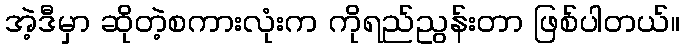
အဲ့ဒီမှာ ဆိုတဲ့စကားလုံးက ကိုရည်ညွန်းတာ ဖြစ်ပါတယ်။